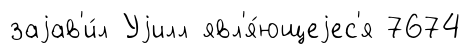
заjав'и́л Уjилл явл'я́ющеjес'я 7674